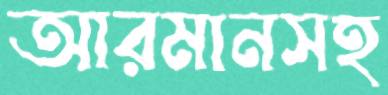
আরমানসহ